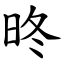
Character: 昸